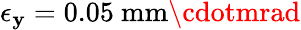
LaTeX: \epsilon_{\mathbf{y}}=0.05\ \mathrm{{mm\cdotmrad}}